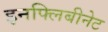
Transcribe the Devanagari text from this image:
इनफ्लिबीनेट